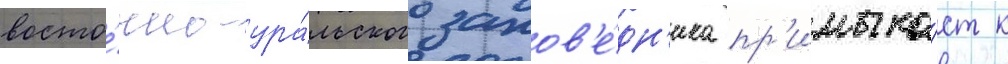
восто́чно-ура́льского запов'е́дн'ика пр'имыка́ет к